NAE_ERA_R-1992_EV_Ehitusministeerium, lk 28
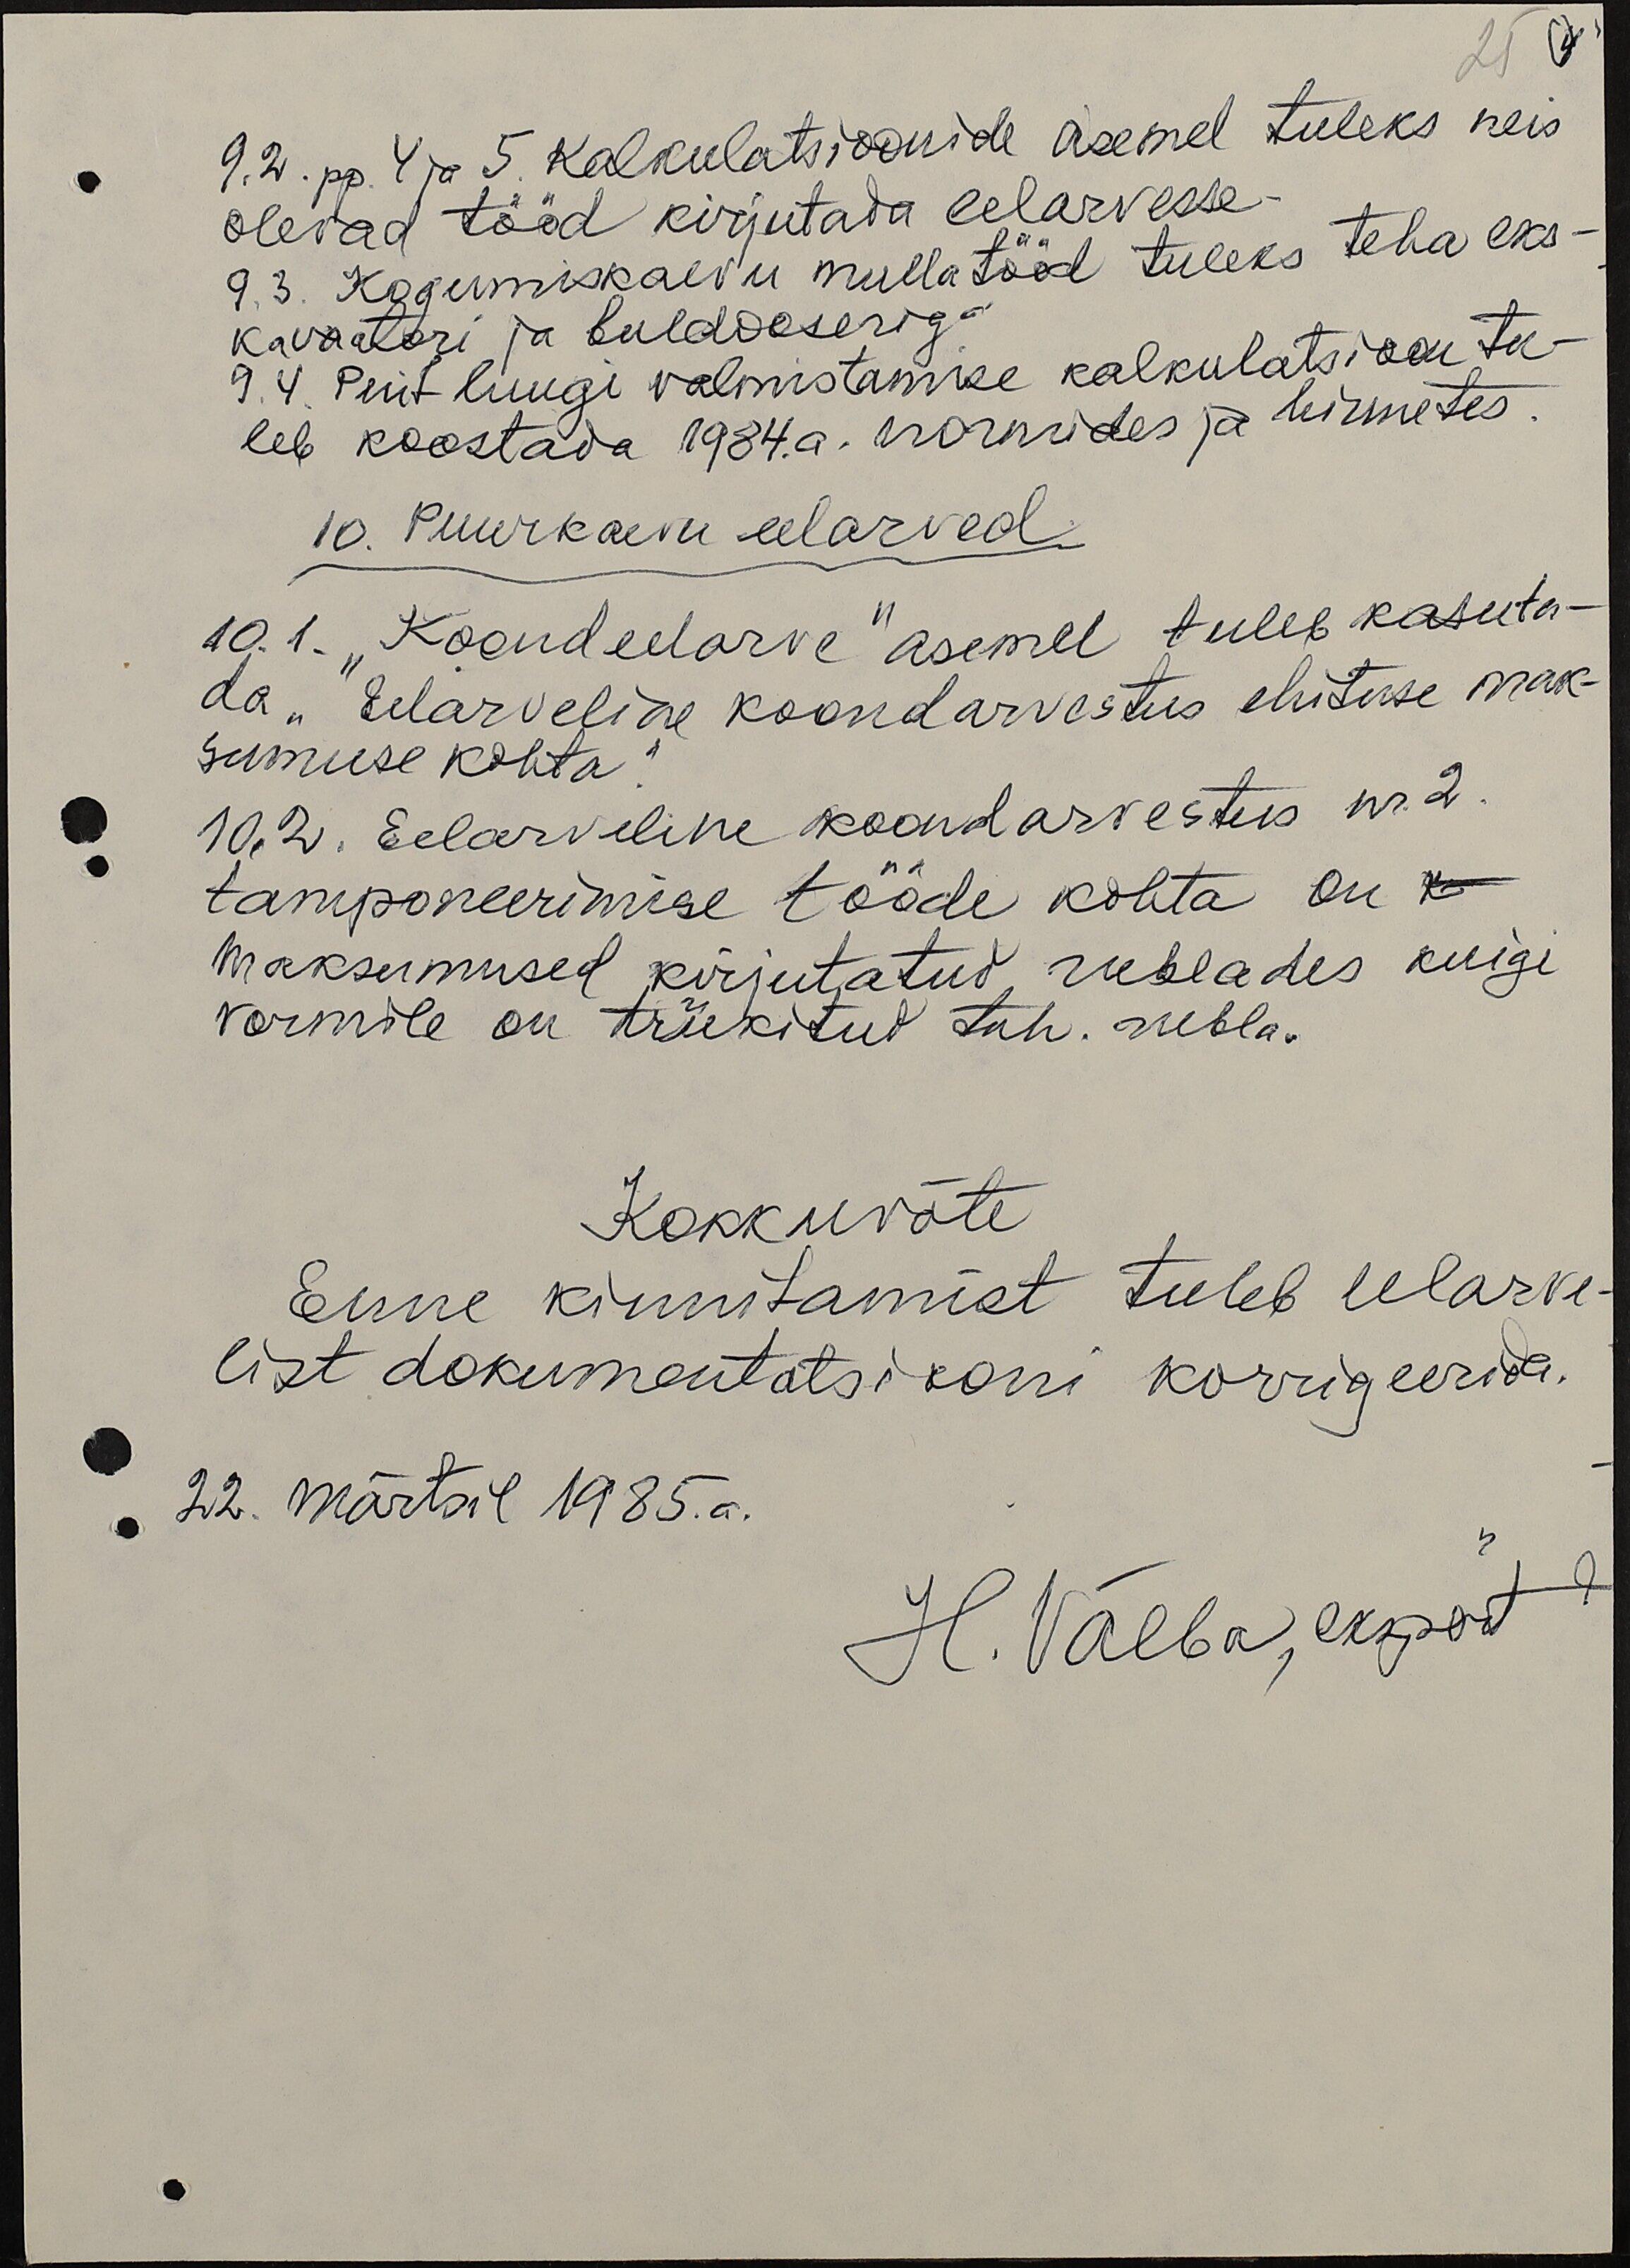
25
9.2. pp. 4 ja 5. kalkulatsioonide asemel tuleks neis
olevad tööd kirjutada eelarvesse.
9.3. Kogumiskaevu mullatööd tuleks teha eks-
kavaatori ja buldoseriga
9.4. Puit luugi valmistamise kalkulatsioon tu-
leb koostada 1984. a. normides ja hinnetes
10. Puurkaevu eelarved.
10.1. "Koondeelarve" asemel tuleb kasuta-
da "Eelarveline koondarvestus ehituse mak-
sumuse kohta".
10.2. Eelarveline koondarvestus nr. 2.
tamponeerimise tööde kohta on
maksumused kirjutatud, rublades kuigi
vormile on trükitud tuh. rubla.
Kokkuvõte
Enne kinnitamist tuleb eelarve-
list dokumentatsiooni korrigeerida.
22. Märtsil 1985.a.
H. Välba, ekspert